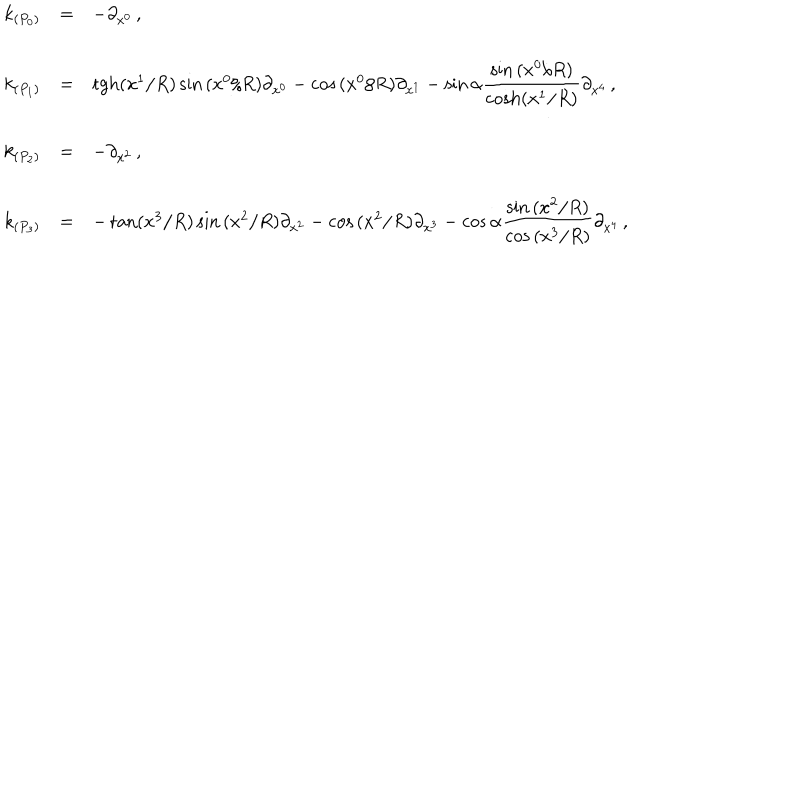
LaTeX: \begin{array} { r c l } { { k _ { ( P _ { 0 } ) } } } & { { = } } & { { - \partial _ { x ^ { 0 } } \, , } } \\ { { } } & { { } } & { { } } \\ { { k _ { ( P _ { 1 } ) } } } & { { = } } & { { \mathrm { t g h } ( x ^ { 1 } / R ) \sin { ( x ^ { 0 } / R ) } \partial _ { x ^ { 0 } } - \cos { ( x ^ { 0 } / R ) } \partial _ { x ^ { 1 } } - \sin { \alpha } { \displaystyle \frac { \sin { ( x ^ { 0 } / R ) } } { \mathrm { c o s h } ( x ^ { 1 } / R ) } } \partial _ { x ^ { 4 } } \, , } } \\ { { } } & { { } } & { { } } \\ { { k _ { ( P _ { 2 } ) } } } & { { = } } & { { - \partial _ { x ^ { 2 } } \, , } } \\ { { } } & { { } } & { { } } \\ { { k _ { ( P _ { 3 } ) } } } & { { = } } & { { - \tan ( x ^ { 3 } / R ) \sin { ( x ^ { 2 } / R ) } \partial _ { x ^ { 2 } } - \cos { ( x ^ { 2 } / R ) } \partial _ { x ^ { 3 } } - \cos { \alpha } { \displaystyle \frac { \sin { ( x ^ { 2 } / R ) } } { \cos { ( x ^ { 3 } / R ) } } } \partial _ { x ^ { 4 } } \, , } } \\ \end{array}